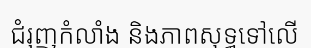
ជំរុញកំលាំង និងភាពសុទ្ធទៅលើ